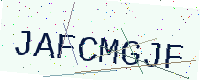
Text: JAFCMGJF